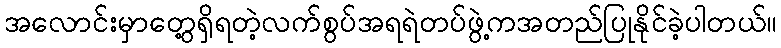
အလောင်းမှာတွေ့ရှိရတဲ့လက်စွပ်အရရဲတပ်ဖွဲ့ကအတည်ပြုနိုင်ခဲ့ပါတယ်။